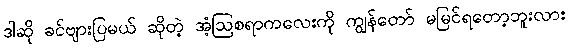
ဒါဆို ခင်ဗျားပြမယ် ဆိုတဲ့ အံ့ဩစရာကလေးကို ကျွန်တော် မမြင်ရတော့ဘူးလား